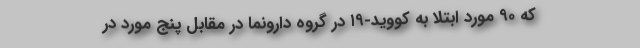
که ۹۰ مورد ابتلا به کووید-۱۹ در گروه دارونما در مقابل پنج مورد در